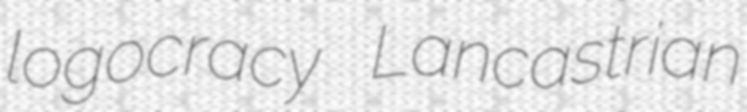
logocracy Lancastrian